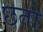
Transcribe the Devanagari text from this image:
छतो